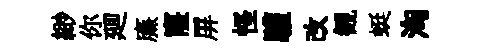
緲你廽㢘窿屏怪驩改観蜓洶